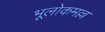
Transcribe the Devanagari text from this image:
भूलोकमल्ल